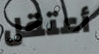
أعتقل